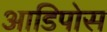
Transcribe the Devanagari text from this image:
आडिपोस